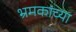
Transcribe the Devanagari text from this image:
भ्रमकांच्या